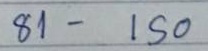
81 - 150